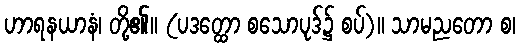
ဟာရနယာနံ၊ တို့၏။ (ပဒတ္ထော စသောပုဒ်၌ စပ်)။ သာမညတော စ၊